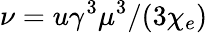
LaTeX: \nu=u\gamma^{3}\mu^{3}/(3\chi_{e})